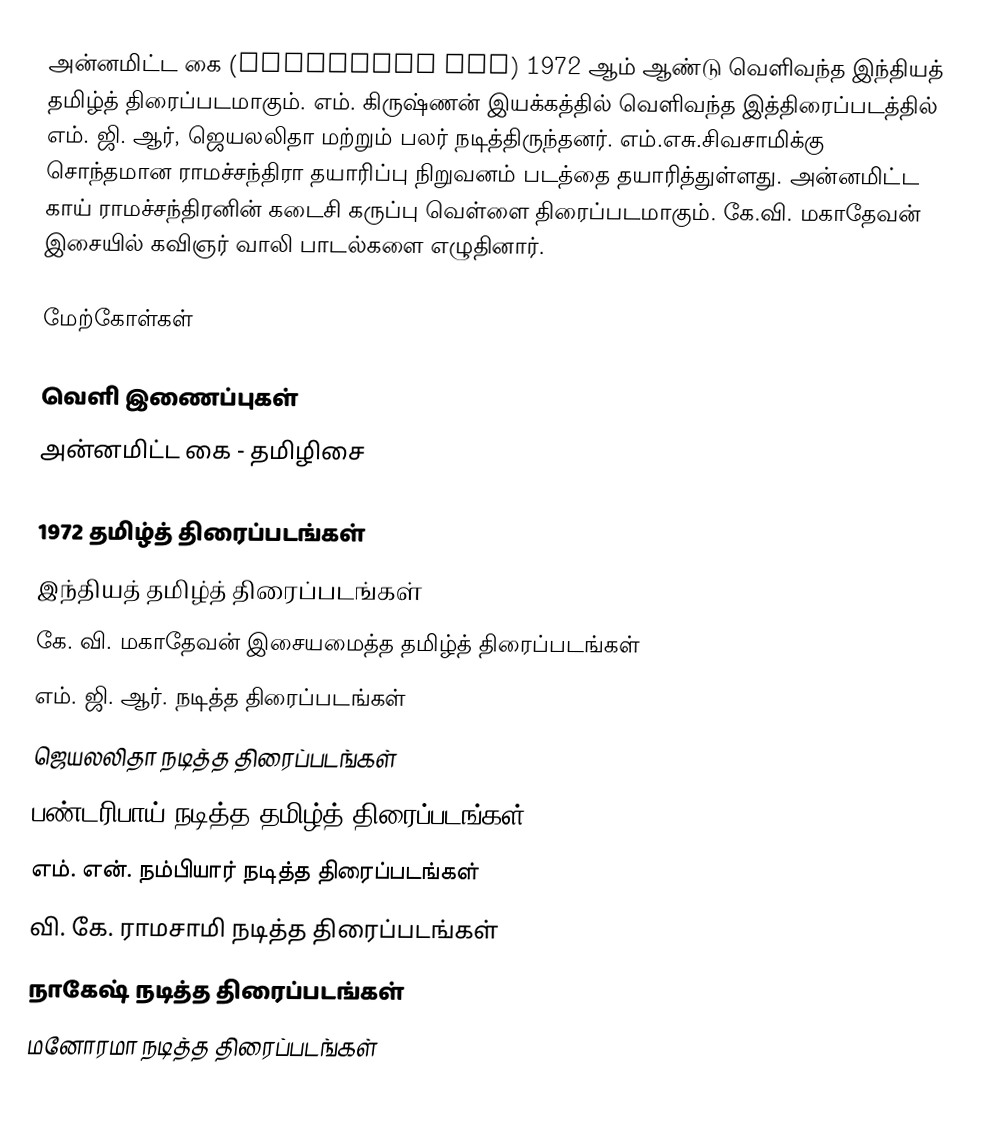
அன்னமிட்ட கை (Annamitta Kai) 1972 ஆம் ஆண்டு வெளிவந்த இந்தியத் தமிழ்த் திரைப்படமாகும். எம். கிருஷ்ணன் இயக்கத்தில் வெளிவந்த இத்திரைப்படத்தில் எம். ஜி. ஆர், ஜெயலலிதா மற்றும் பலர் நடித்திருந்தனர். எம்.எசு.சிவசாமிக்கு சொந்தமான ராமச்சந்திரா தயாரிப்பு நிறுவனம் படத்தை தயாரித்துள்ளது. அன்னமிட்ட காய் ராமச்சந்திரனின் கடைசி கருப்பு வெள்ளை திரைப்படமாகும். கே.வி. மகாதேவன் இசையில் கவிஞர் வாலி பாடல்களை எழுதினார்.

மேற்கோள்கள்

வெளி இணைப்புகள்
அன்னமிட்ட கை - தமிழிசை

1972 தமிழ்த் திரைப்படங்கள்
இந்தியத் தமிழ்த் திரைப்படங்கள்
கே. வி. மகாதேவன் இசையமைத்த தமிழ்த் திரைப்படங்கள்
எம். ஜி. ஆர். நடித்த திரைப்படங்கள்
ஜெயலலிதா நடித்த திரைப்படங்கள்
பண்டரிபாய் நடித்த தமிழ்த் திரைப்படங்கள்
எம். என். நம்பியார் நடித்த திரைப்படங்கள்
வி. கே. ராமசாமி நடித்த திரைப்படங்கள்
நாகேஷ் நடித்த திரைப்படங்கள்
மனோரமா நடித்த திரைப்படங்கள்